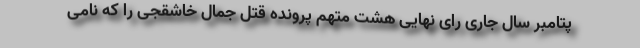
پتامبر سال جاری رای نهایی هشت متهم پرونده قتل جمال خاشقجی را که نامی